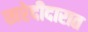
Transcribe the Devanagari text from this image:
खरेदीदारात